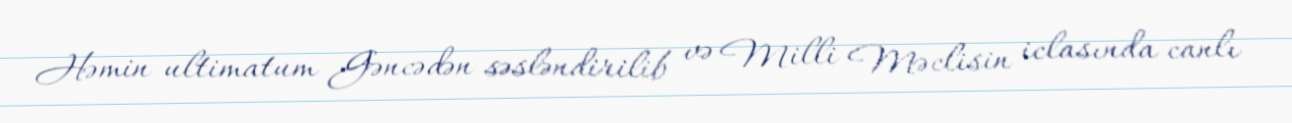
Həmin ultimatum Gəncədən səsləndirilib və Milli Məclisin iclasında canlı